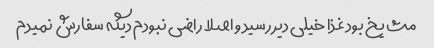
مث یخ بود غذا خیلی دیر رسید و اصلا راضی نبودم دیگه سفارش نمیدم